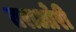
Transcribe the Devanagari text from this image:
तराओरी